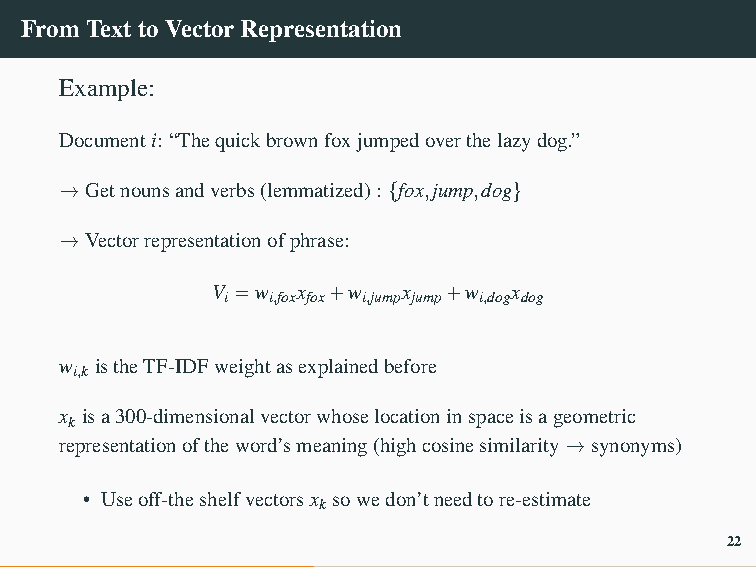
FromTexttoVectorRepresentation
 Example:
 Documenti: “Thequickbrownfoxjumpedoverthelazydog.”
 →Getnounsandverbs(lemmatized): {fox,jump,dog}
 →Vectorrepresentationofphrase:
 V =w  x +w   x  +w  x
 i  i,fox fox i,jump jump i,dog dog
 w istheTF-IDFweightasexplainedbefore
 i,k
 x isa300-dimensionalvectorwhoselocationinspaceisageometric
 k
 representationoftheword’smeaning(highcosinesimilarity→synonyms)
 • Useoff-theshelfvectorsx sowedon’tneedtore-estimate
 k
 22